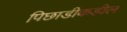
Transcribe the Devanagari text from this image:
पिछाडीकडील